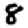
Digit: 8